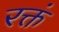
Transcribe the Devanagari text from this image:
रक्तं